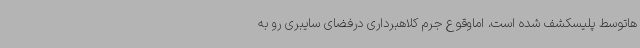
‌هاتوسط پلیسکشف شده است، اماوقوع جرم کلاهبرداری درفضای سایبری رو به